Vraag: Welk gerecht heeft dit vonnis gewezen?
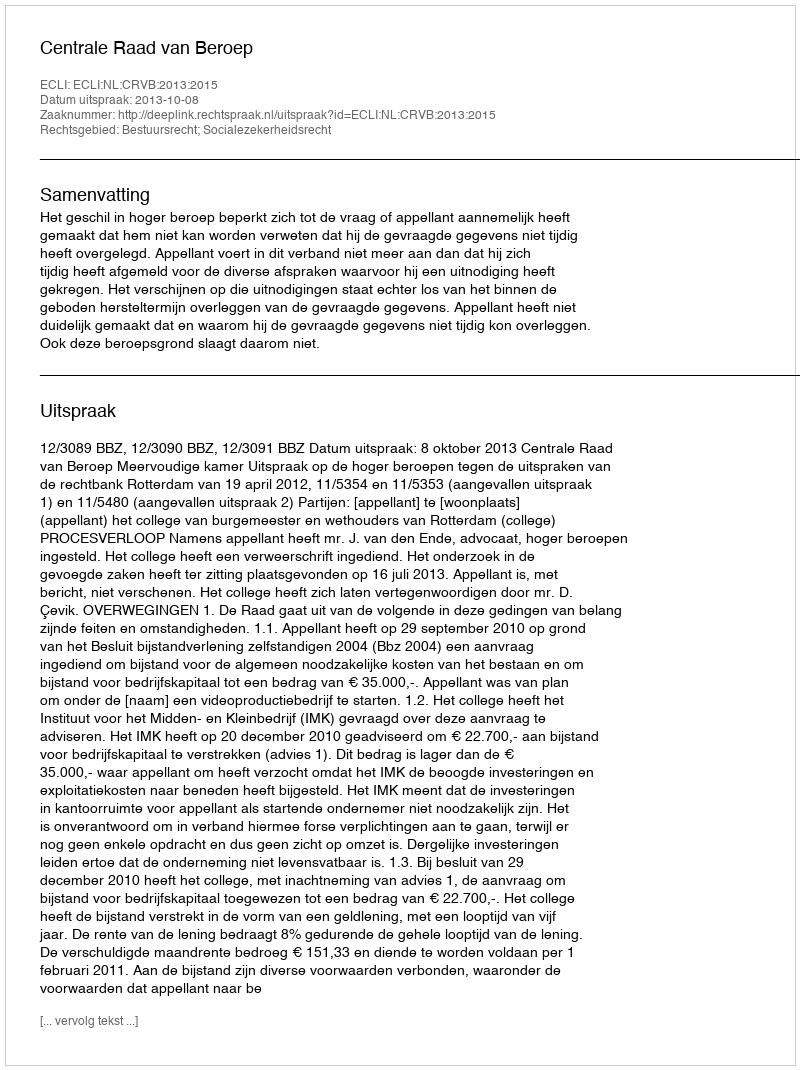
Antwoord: Centrale Raad van Beroep